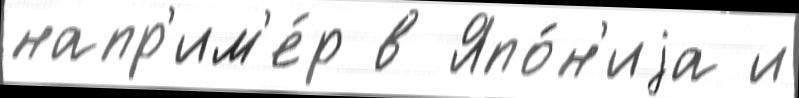
напр'им'е́р в Япо́н'иjа и